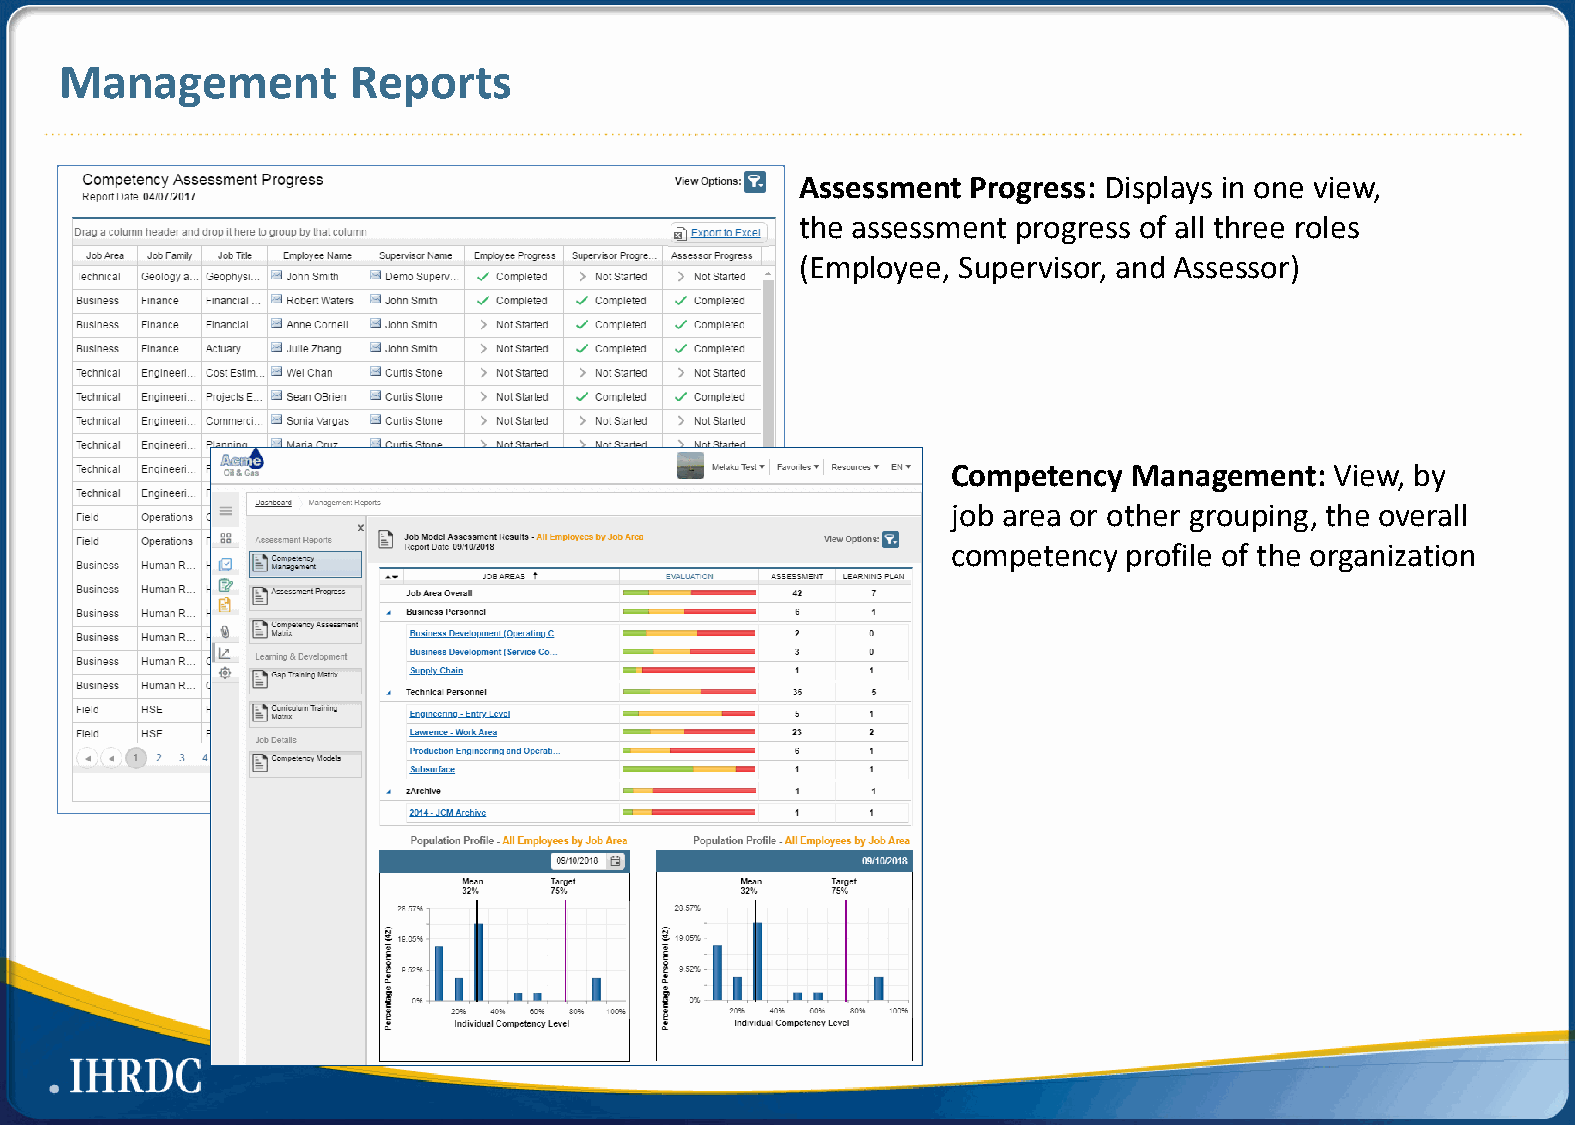
Management         Reports
 Assessment Progress: Displays in one view,
 the assessment progress of all three roles
 (Employee, Supervisor, and Assessor)
 Competency  Management:  View, by
 job area or other grouping, the overall
 competency profile of the organization